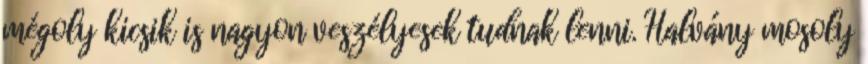
mégoly kicsik is nagyon veszélyesek tudnak lenni. Halvány mosoly